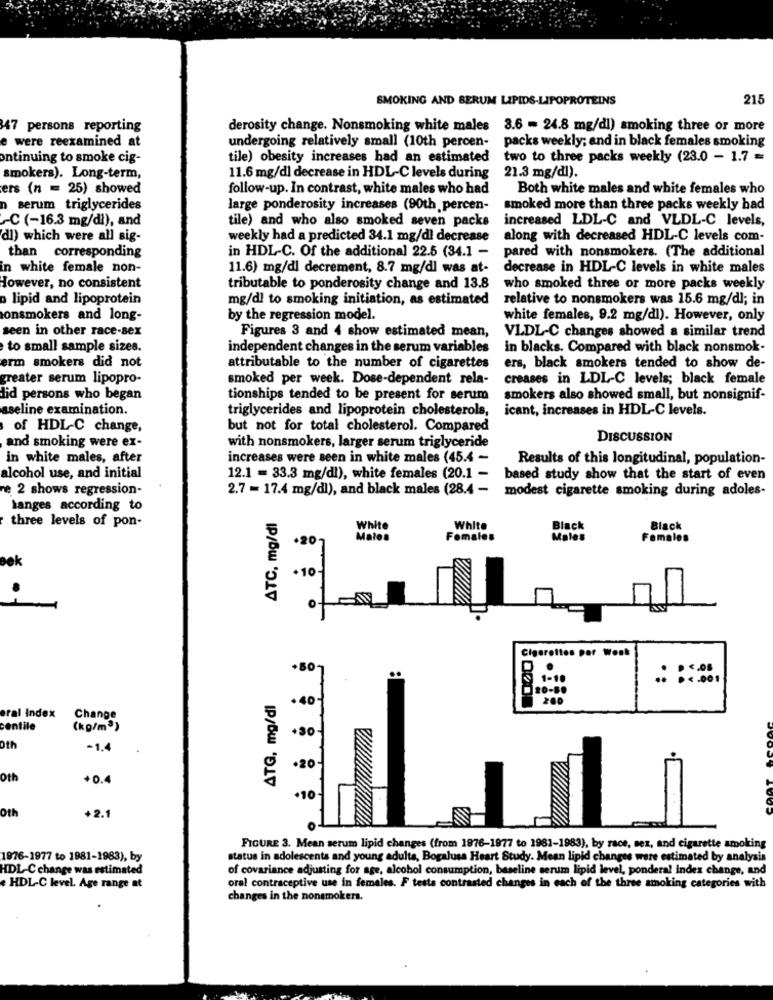
SMOKING AND SERUM LIPIDS-LIPOPROTEINS
215
47 persons reporting
derosity change. Nonsmoking white males 3.6 - 24.8 mg/dl) smoking three or more
e were reexamined at
undergoing relatively small (10th percen- packs weekly; and in black females smoking
ontinuing to smoke cig-
tile) obesity increases had an estimated
two to three packs weekly (23.0 - 1.7 =
21.3 mg/dl).
smokers). Long-term,
11.6 mg/dl decrease in HDL-C levels during
ers (n = 25) showed
follow-up. In contrast, white males who had
Both white males and white females who
n serum triglycerides
large ponderosity increases (90th percen-
smoked more than three packs weekly had
-C (-16.3 mg/dl), and
tile) and who also smoked seven packs
increased LDL-C and VLDL-C levels,
dl) which were all sig-
weekly had a predicted 34.1 mg/dl decrease
along with decreased HDL-C levels com-
in HDL-C. Of the additional 22.5 (34.1 -
than corresponding
pared with nonsmokers. (The additional
in white female non-
11.6) mg/dl decrement, 8.7 mg/dl was at-
decrease in HDL-C levels in white males
However, no consistent
tributable to ponderosity change and 13.8 who smoked three or more packs weekly
lipid and lipoprotein
mg/dl to smoking initiation, as estimated
relative to nonsmokers was 15.6 mg/dl; in
onsmokers and long-
by the regression model.
white females, 9.2 mg/dl). However, only
seen in other race-sex
Figures 3 and 4 show estimated mean,
VLDL-C changes showed a similar trend
to small sample sizes.
independent changes in the serum variables
in blacks. Compared with black nonsmok-
erm smokers did not
attributable to the number of cigarettes
ers, black smokers tended to show de-
Teater serum lipopro-
smoked per week. Dose-dependent rela-
creases in LDL-C levels; black female
did persons who began
tionships tended to be present for serum
smokers also showed small, but nonsignif-
aseline examination.
triglycerides and lipoprotein cholesterols,
icant, increases in HDL-C levels.
of HDL-C change,
but not for total cholesterol. Compared
and smoking were ex-
with nonsmokers, larger serum triglyceride
DISCUSSION
in white males, after
increases were seen in white males (45.4 -
Results of this longitudinal, population-
alcohol use, and initial
12.1 = 33.3 mg/dl), white females (20.1 - based study show that the start of even
e 2 shows regression-
2.7 = 17.4 mg/dl), and black males (28.4 -
modest cigarette smoking during adoles-
langes according to
ATC. mg/dl
three levels of pon-
White
White
Black
Males
Females
nles
Females
.10
of EN
Cigarettes por Wonk
+80
91-10
20-80
ATG, mg/dl
.40
200
oral Index
Change
centile
(kg/m3)
oth
-1.4
.20
Oth
+0.
+10
0th
+2.1
FIGURE 3. Mean serum lipid changes (from 1976-1977 to 1981-1983), by race, sez, and cigarette smoking
1976-1977 to 1981-1983), by
status in adolescents and young adults, Bogalusa Heart Study. Mean lipid changes were estimated by analysis
HDL-C change was estimated
of covariance adjusting for age, alcohol consumption, baseline serum lipid level, ponderal index change, and
HDL-C level. Age range at
oral contraceptive use in females. F tests contrasted changes in each of the three smoking categories with
changes in the nonsmokers.